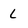
Character: L